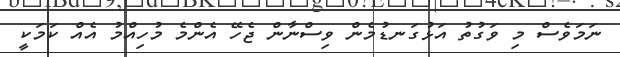
ނަމަވެސް މި ވަގުތު އަޅުގަނޑުމެން ވިސްނާން ޖެހޭ އެންމެ މުހިއްމު އެއް ކަމަކީ